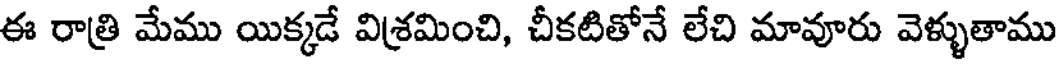
ఈ రాత్రి మేము యిక్కడే విశ్రమించి, చీకటితోనే లేచి మావూరు వెళ్ళుతాము